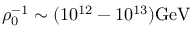
\rho _ { 0 } ^ { - 1 } \sim ( 1 0 ^ { 1 2 } - 1 0 ^ { 1 3 } ) \mathrm { G e V }